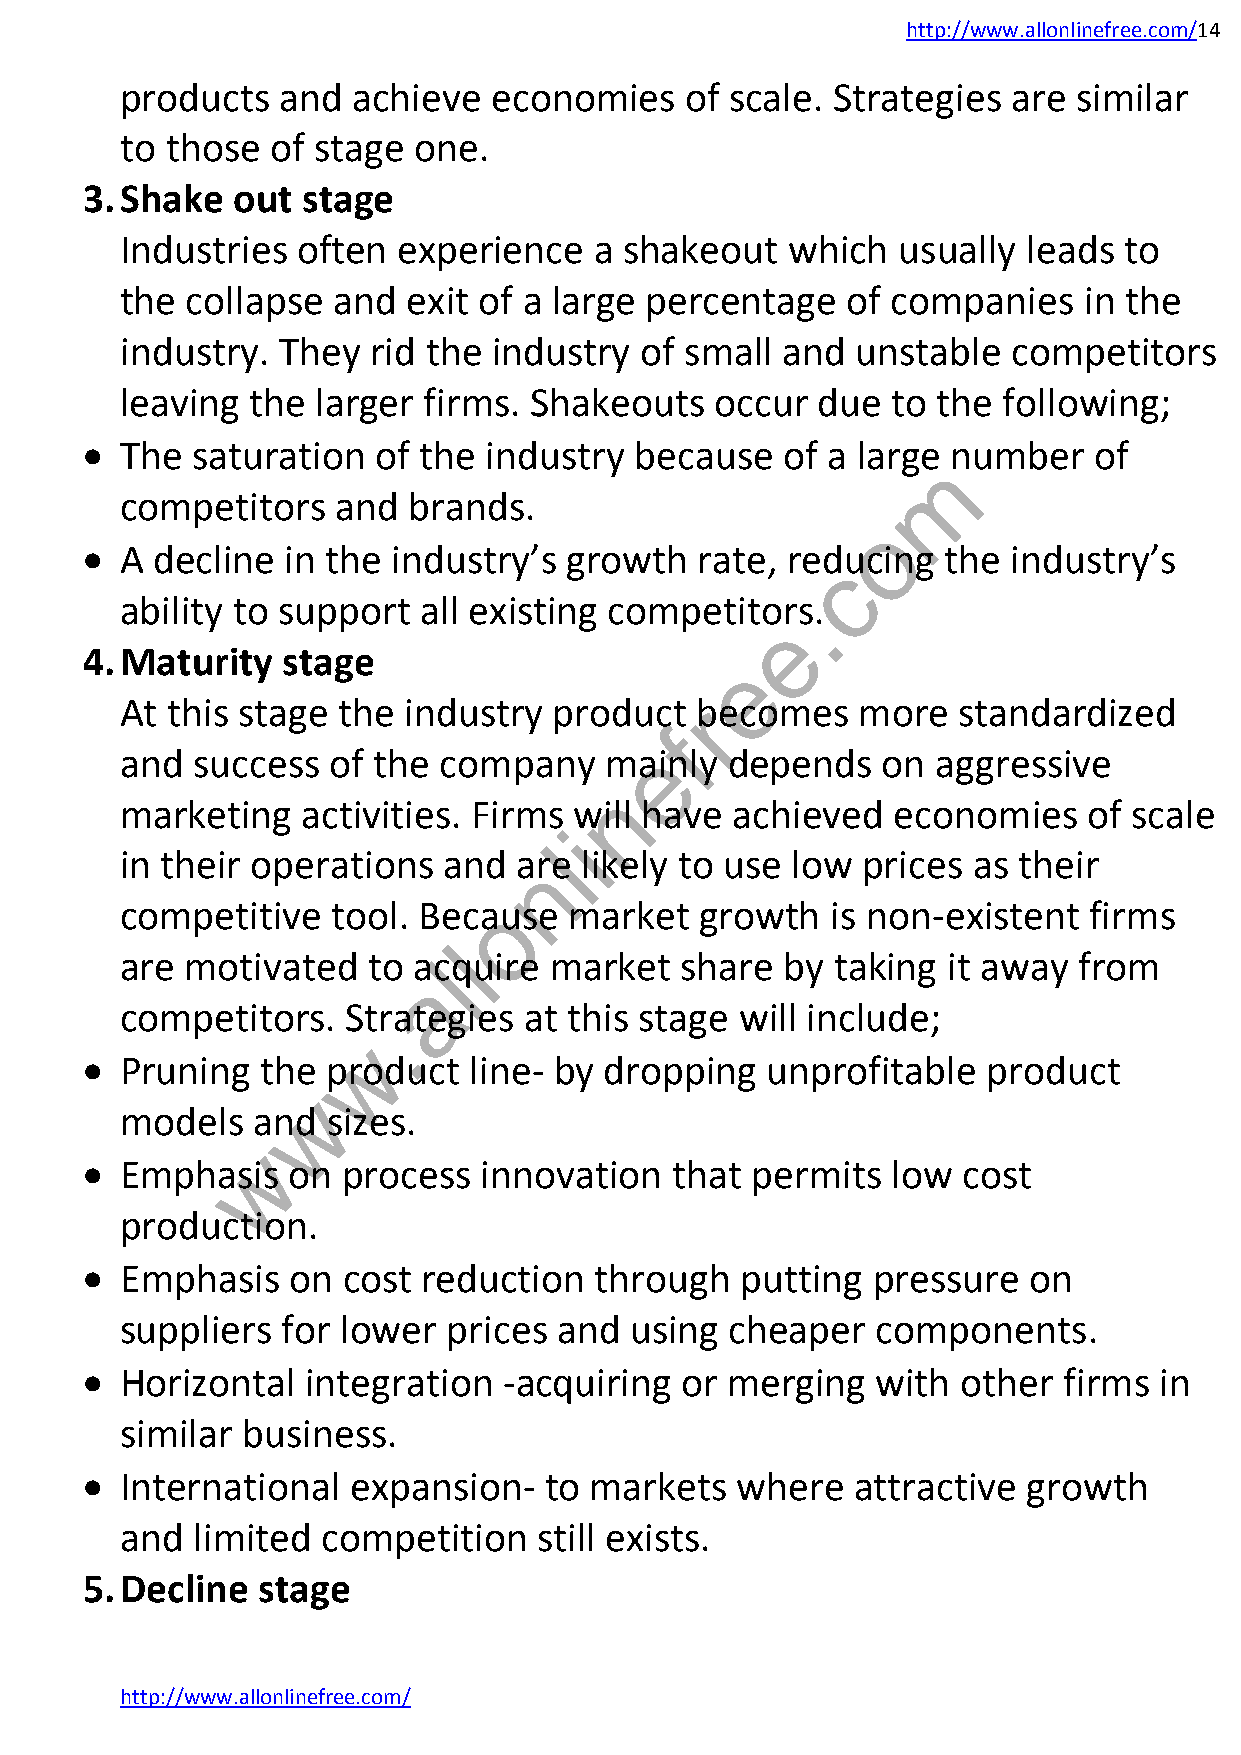
http://www.allonlinefree.com/14
 products   and achieve   economies   of scale. Strategies  are similar
 to those  of stage one.
 3. Shake  out  stage
 Industries  often experience   a shakeout   which  usually  leads to
 the collapse  and  exit of a large percentage   of companies    in the
 industry. They   rid the industry of small  and  unstable  competitors
 leaving  the larger firms. Shakeouts   occur  due  to the following;
   The  saturation  of the industry  because   of a large number   of
 m
 competitors   and  brands.
 o
   A decline  in the industry’s  growth  rate, reducing   the industry’s
 c
 ability to support  all existing competitor.s.
 e
 4. Maturity   stage
 e
 At this stage the  industry  product  rbecomes   more  standardized
 f
 e
 and  success  of the company    mainly  depends   on  aggressive
 n
 marketing   activities. Firms will have  achieved  economies    of scale
 i
 l
 in their operations  and  anre likely to use low prices as their
 competitive   tool. Becaouse  market  growth   is non-existent  firms
 l
 are motivated   to alcquire market   share  by taking  it away from
 a
 competitors.   Strategies  at this stage will include;
 .
 w
   Pruning  the  product  line- by dropping   unprofitable  product
 w
 models   and  sizes.
 w
   Emphasis   on  process  innovation  that  permits  low  cost
 production.
   Emphasis   on  cost reduction  through   putting  pressure  on
 suppliers  for lower  prices and  using cheaper   components.
   Horizontal  integration  -acquiring  or merging   with  other firms  in
 similar business.
   International  expansion-   to markets   where   attractive growth
 and  limited competition    still exists.
 5. Decline  stage
 http://www.allonlinefree.com/